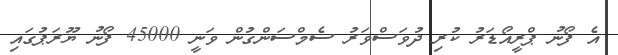
އެ ފޯނު ޕްރީއޯޑަރު ކުރި ދުވަސްވަރު ސެމްސަންގުން ވަނީ 45000 ފޯނު ޔޫރަޕުގައި